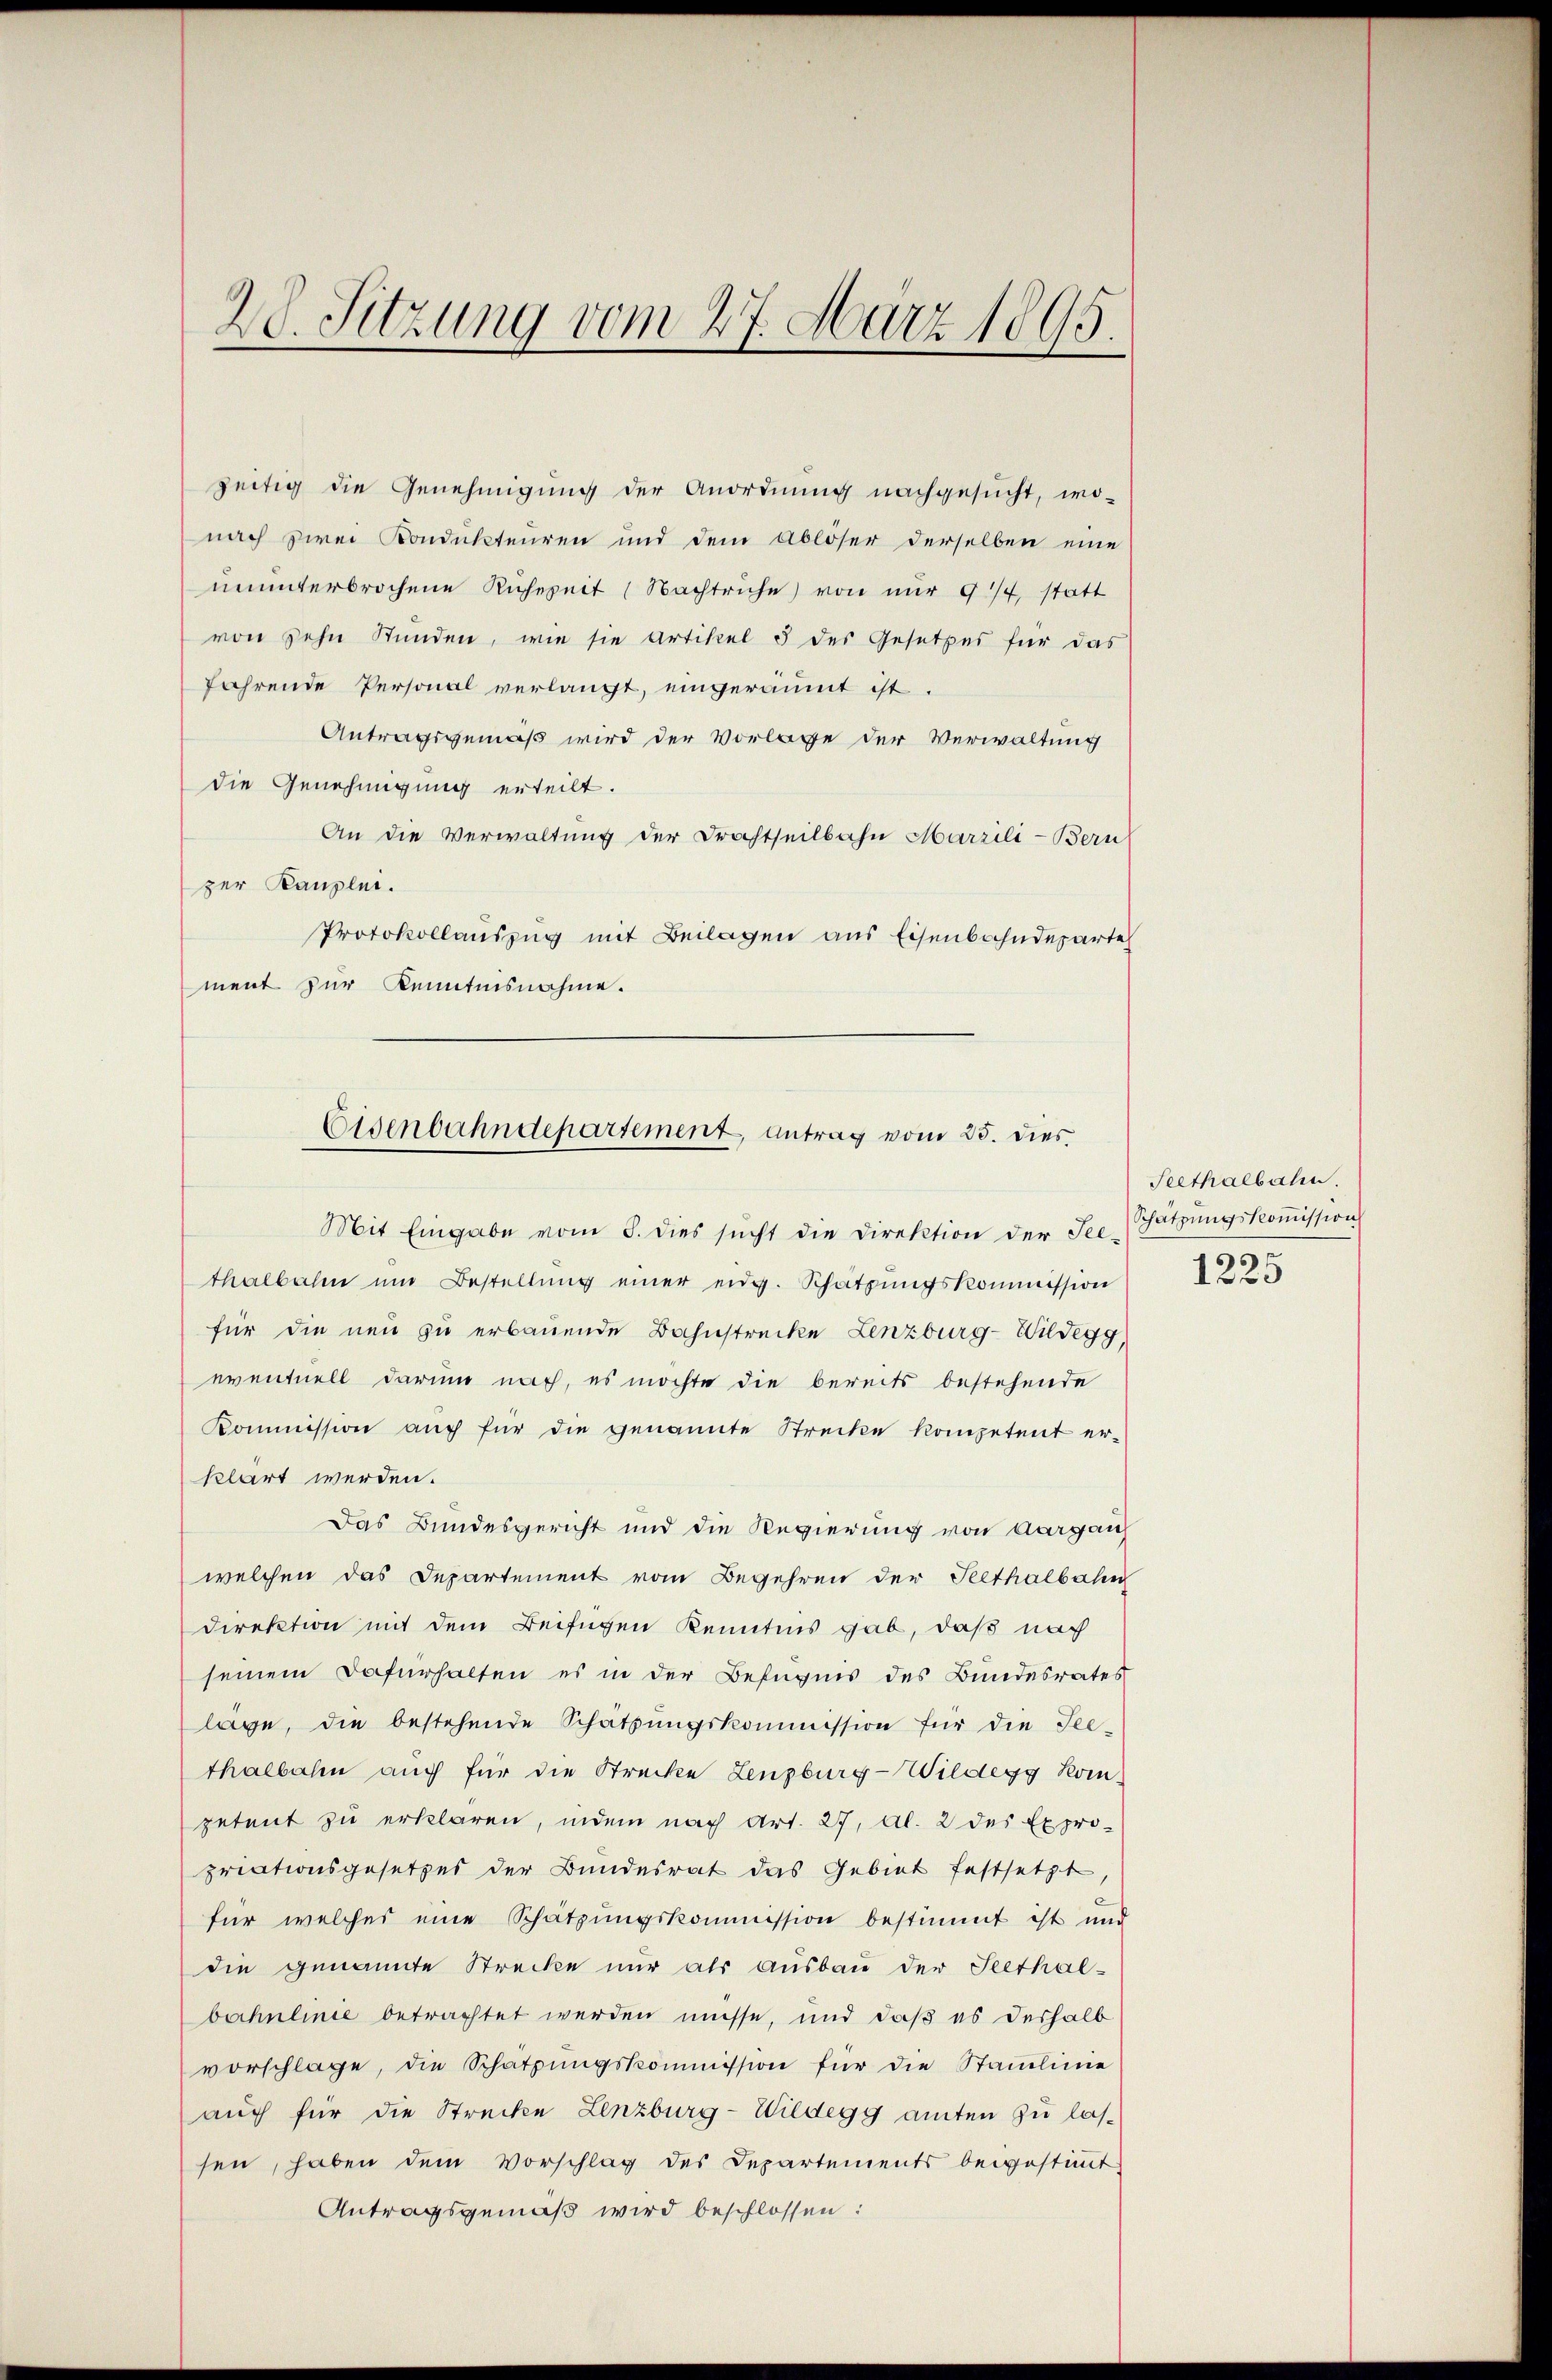
20. Sitzung vom 27. März 1895.

zeitig die Genehmigung der Anordnung nachgesucht, wo-
nach zwei Kondukteuren und dem Ablöser derselben eine
ununterbrochene Ruhezeit (Nachtruhe von nur 9/4, statt
von sehn Stunden, wie sie Artikel 5 des Gesetzes für das
fahrende Personal verlangt, eingeräumt ist.
Antragsgemäß wird der Vorlage der Verwaltung
die Genehmigung erteilt.
An die Verwaltung der Drachtheilbahn Marzili-Bern
zer Kanzlei.
Protokollauszug mit Beilagen aus Eisenbahndeparte
ment zur Kenntnisnahme.

Eisenbahndepartement, antrag vom 25. dies

Mit Eingabe vom 8. dies sŭcht die Direktion der See-Schatzŭngskoṁission
thalbahn um Bestellŭng einer eidg. Schatzŭngskommission
für die neu zu erbauende Bahnstrecke Lenzburg-Wildegg
eventuell darum nach, es möchte die bereits bestehende
Kommission aŭch für die genannte Strecke kompetent er-
klärt werden.
Das Bundesgericht und die Regierung von Aargau
welchen das Departement vom Begehren der Peethalbahn
Direktion mit dem Beifügen Kenntnis gab, daß nach
seinem Dafürhalten es in der Befugnis des Bundesrates
lage, die bestehende Schatzŭngskommission für die See-
thalbahn auch für die Strecke Lenzburg-Wildegg Kompetent zu erklären, indem nach Art. 27, Al. 2 des Expro-
priationsgesetzes der Bundesrat das Gebiet festsetzt
für welches eine Schätzungskommission bestimmt ist und
die genannte Strecke nur als ausbau der Seethal-
bahnlinie betrachtet werden müsse, und daß es deshalb
vorschlage, die Schatzŭngskommission für die Staŭlinie
auch für die Strecke Lenzburg-Wildegg amten zu las-
sen, haben dem Vorschlag des Departements beigestiṁt,
Antragsgemäß wird beschlossen:

Seethalbahn.
1225